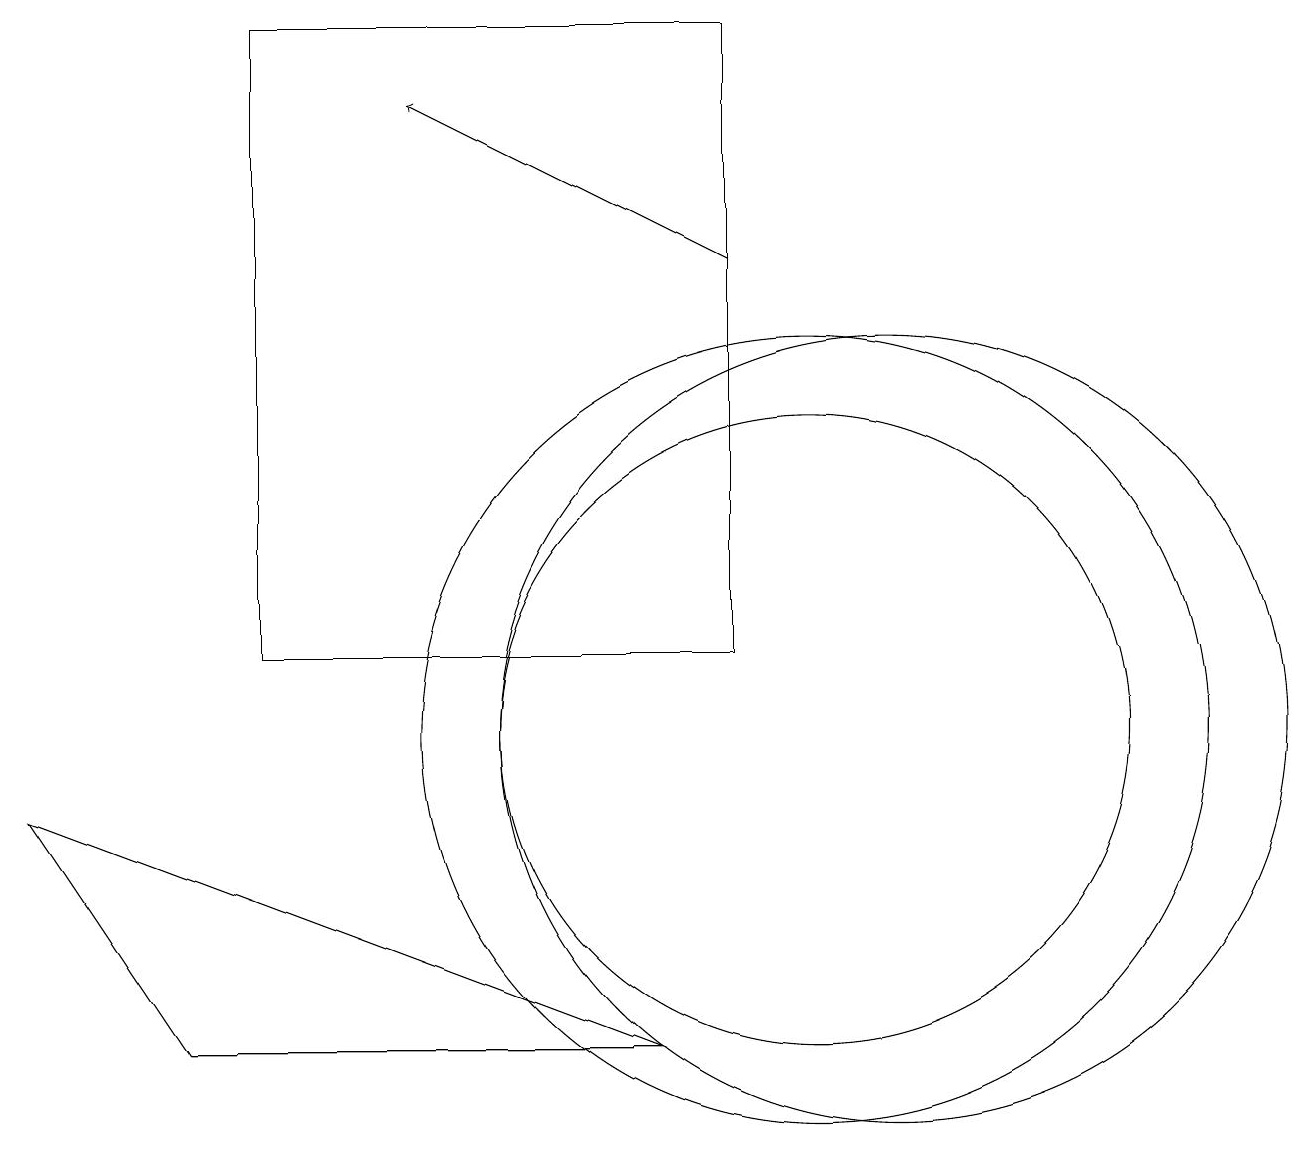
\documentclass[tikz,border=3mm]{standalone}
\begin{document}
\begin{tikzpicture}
\draw (0,9) -- (2,6) -- (8,6) -- cycle;
\draw (10,10) circle (5);
\draw (3,11) rectangle (9,19);
\draw[->] (9,16) -- (5,18);
\draw (11,10) circle (5);
\draw (10,10) circle (4);
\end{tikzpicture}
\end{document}